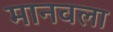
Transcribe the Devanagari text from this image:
मानवला